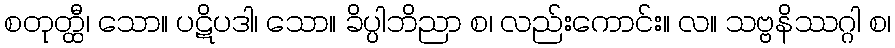
စတုတ္ထီ၊ သော။ ပဋိပဒါ၊ သော။ ခိပ္ပါဘိညာ စ၊ လည်းကောင်း။ လ။ သဗ္ဗနိဿဂ္ဂါ စ၊